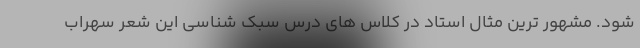
شود. مشهور ترین مثال استاد در کلاس های درس سبک شناسی این شعر سهراب